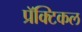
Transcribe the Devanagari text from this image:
प्रॅक्टिकल